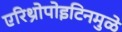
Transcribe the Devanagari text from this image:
एरिथ्रोपोइटिनमुळे